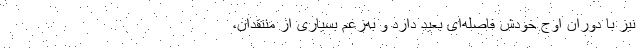
نیز با دوران اوج خودش فاصله‌ای بعید دارد و به‌زعم بسیاری از منتقدان،